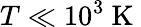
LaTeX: T\ll 10^{3}\mathrm{~K~}